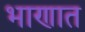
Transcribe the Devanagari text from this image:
भाणात